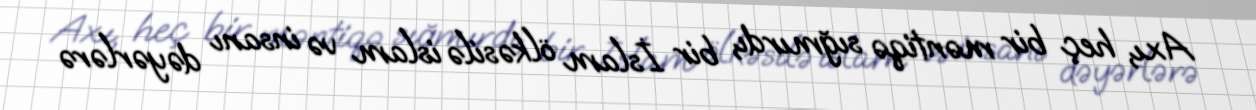
Axı, heç bir məntiqə sığmırdı, bir İslam ölkəsilə islam və insanı dəyərlərə